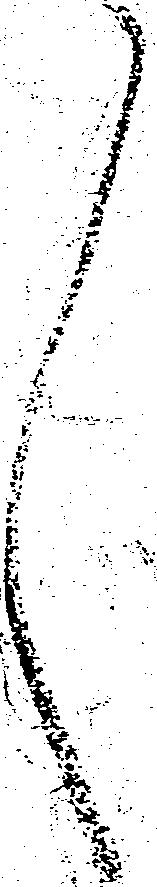
々